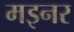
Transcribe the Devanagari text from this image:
मइनर